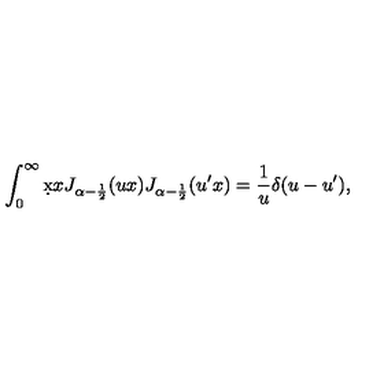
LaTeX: \int _ { 0 } ^ { \infty } \d x x J _ { \alpha - \frac 1 2 } ( u x ) J _ { \alpha - \frac 1 2 } ( u ^ { \prime } x ) = \frac 1 u \delta ( u - u ^ { \prime } ) ,